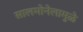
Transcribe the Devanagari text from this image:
सालमोनेलामुळे